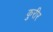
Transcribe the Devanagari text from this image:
कुरीर